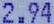
2.94